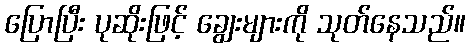
ပြောပြီး ပုဆိုးဖြင့် ချွေးများကို သုတ်နေသည်။